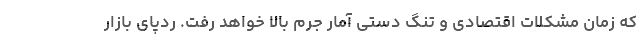
که زمان مشکلات اقتصادی و تنگ دستی آمار جرم بالا خواهد رفت. ردپای بازار